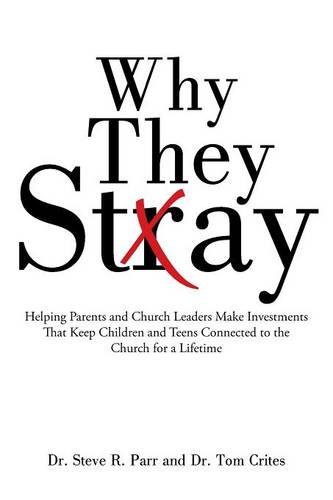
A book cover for Why They Stay: Helping Parents and Church Leaders Make Investments That Keep Children and Teens Connected to the Church for a Lifetime; Dr. Steve R. Parr; Christian Books & Bibles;